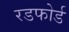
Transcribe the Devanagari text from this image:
रडफोर्ड